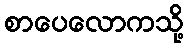
စာပေလောကသို့